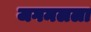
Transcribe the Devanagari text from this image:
जगमलला